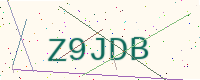
Text: Z9JDB